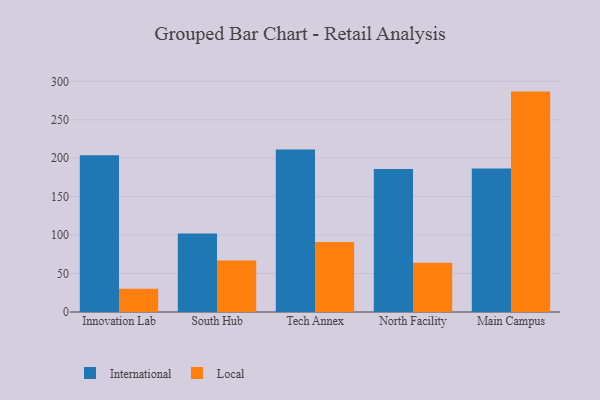
{"axis": {"x": "Campus", "y": "Headcount"}, "legend": ["International", "Local"], "data": [{"x": "Innovation Lab", "y": 203.9, "type": "International"}, {"x": "Innovation Lab", "y": 30.1, "type": "Local"}, {"x": "South Hub", "y": 102.2, "type": "International"}, {"x": "South Hub", "y": 67.0, "type": "Local"}, {"x": "Tech Annex", "y": 211.4, "type": "International"}, {"x": "Tech Annex", "y": 91.1, "type": "Local"}, {"x": "North Facility", "y": 186.1, "type": "International"}, {"x": "North Facility", "y": 64.2, "type": "Local"}, {"x": "Main Campus", "y": 186.5, "type": "International"}, {"x": "Main Campus", "y": 286.6, "type": "Local"}]}